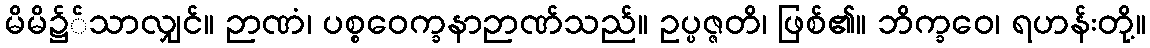
မိမိ၌်သာလျှင်။ ဉာဏံ၊ ပစ္စဝေက္ခနာဉာဏ်သည်။ ဥပ္ပဇ္ဇတိ၊ ဖြစ်၏။ ဘိက္ခဝေ၊ ရဟန်းတို့။